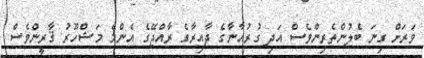
ވަރަށް ގިނަ ބެލުންތެރިންވެސް އަދި ގުރުއާނާގެ ދާއިރާގެ ރާއްޖޭގެ އެންމެ މަޝްހޫރު ޤާރީންވެސް